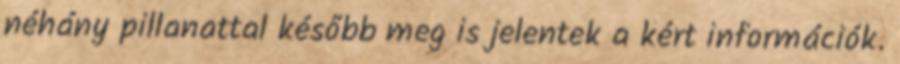
néhány pillanattal később meg is jelentek a kért információk.